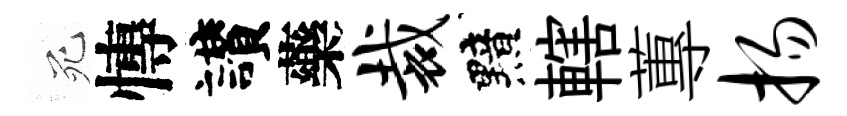
死慱讃藥裁黯轄蓴扬